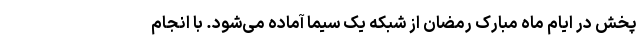
پخش در ایام ماه مبارک رمضان از شبکه یک سیما آماده می‌شود. با انجام